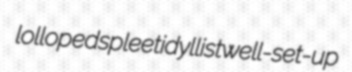
lolloped spleet idyllist well-set-up